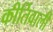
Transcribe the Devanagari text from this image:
कीर्तिवाली